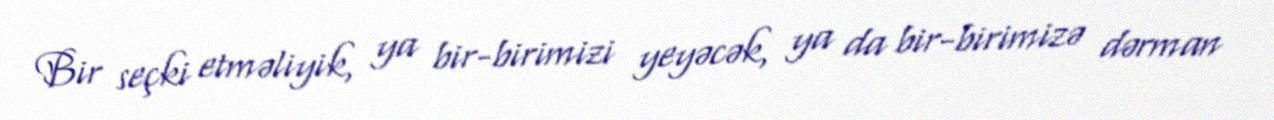
Bir seçki etməliyik, ya bir-birimizi yeyəcək, ya da bir-birimizə dərman